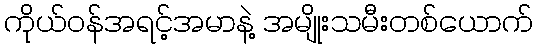
ကိုယ်ဝန်အရင့်အမာနဲ့ အမျိုးသမီးတစ်ယောက်